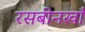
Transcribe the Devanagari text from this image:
रसबीनखाँ